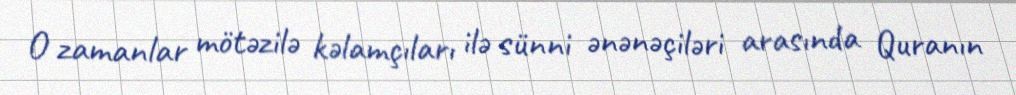
O zamanlar mötəzilə kəlamçıları ilə sünni ənənəçiləri arasında Quranın